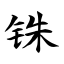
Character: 铢